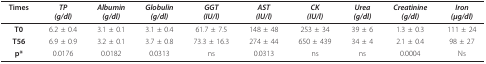
| Times | TP(g/dl) | Albumin(g/dl) | Globulin(g/dl) | GGT(IU/l) | AST(IU/l) | CK(IU/l) | Urea(g/dl) | Creatinine(g/dl) | Iron(μg/dl) |
 | --- | --- | --- | --- | --- | --- | --- | --- | --- | --- |
 | T0 | 6.2 ± 0.4 | 3.1 ± 0.1 | 3.1 ± 0.4 | 61.7 ± 7.5 | 148 ± 48 | 253 ± 34 | 39 ± 6 | 1.3 ± 0.3 | 111 ± 24 |
 | T56 | 6.9 ± 0.9 | 3.2 ± 0.1 | 3.7 ± 0.8 | 73.3 ± 16.3 | 274 ± 44 | 650 ± 439 | 34 ± 4 | 2.1 ± 0.4 | 98 ± 27 |
 | p* | 0.0176 | 0.0182 | 0.0313 | ns | 0.0313 | ns | ns | 0.0004 | Ns |